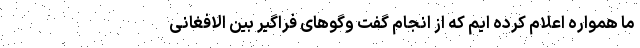
ما همواره اعلام کرده ایم که از انجام گفت وگوهای فراگیر بین الافغانی